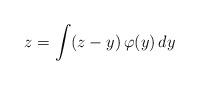
LaTeX: \begin{align*}z=\int (z-y)\, \varphi(y)\, dy\end{align*}